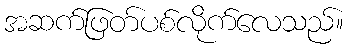
အဆက်ဖြတ်ပစ်လိုက်လေသည်။